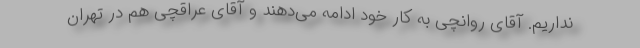
نداریم. آقای روانچی به کار خود ادامه می‌دهند و آقای عراقچی هم در تهران